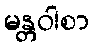
မန္တဝါစာ